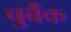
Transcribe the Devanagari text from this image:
बुर्बैंक